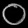
Digit: ၀